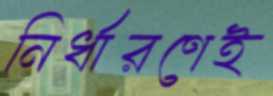
নির্ধারণেই